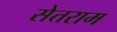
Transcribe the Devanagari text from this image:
सेतराम